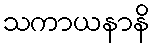
သကာယနာနိ